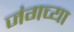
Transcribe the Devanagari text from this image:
जंगच्या